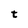
Character: t